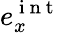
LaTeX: e_{x}^{\mathrm{~i~n~t~}}